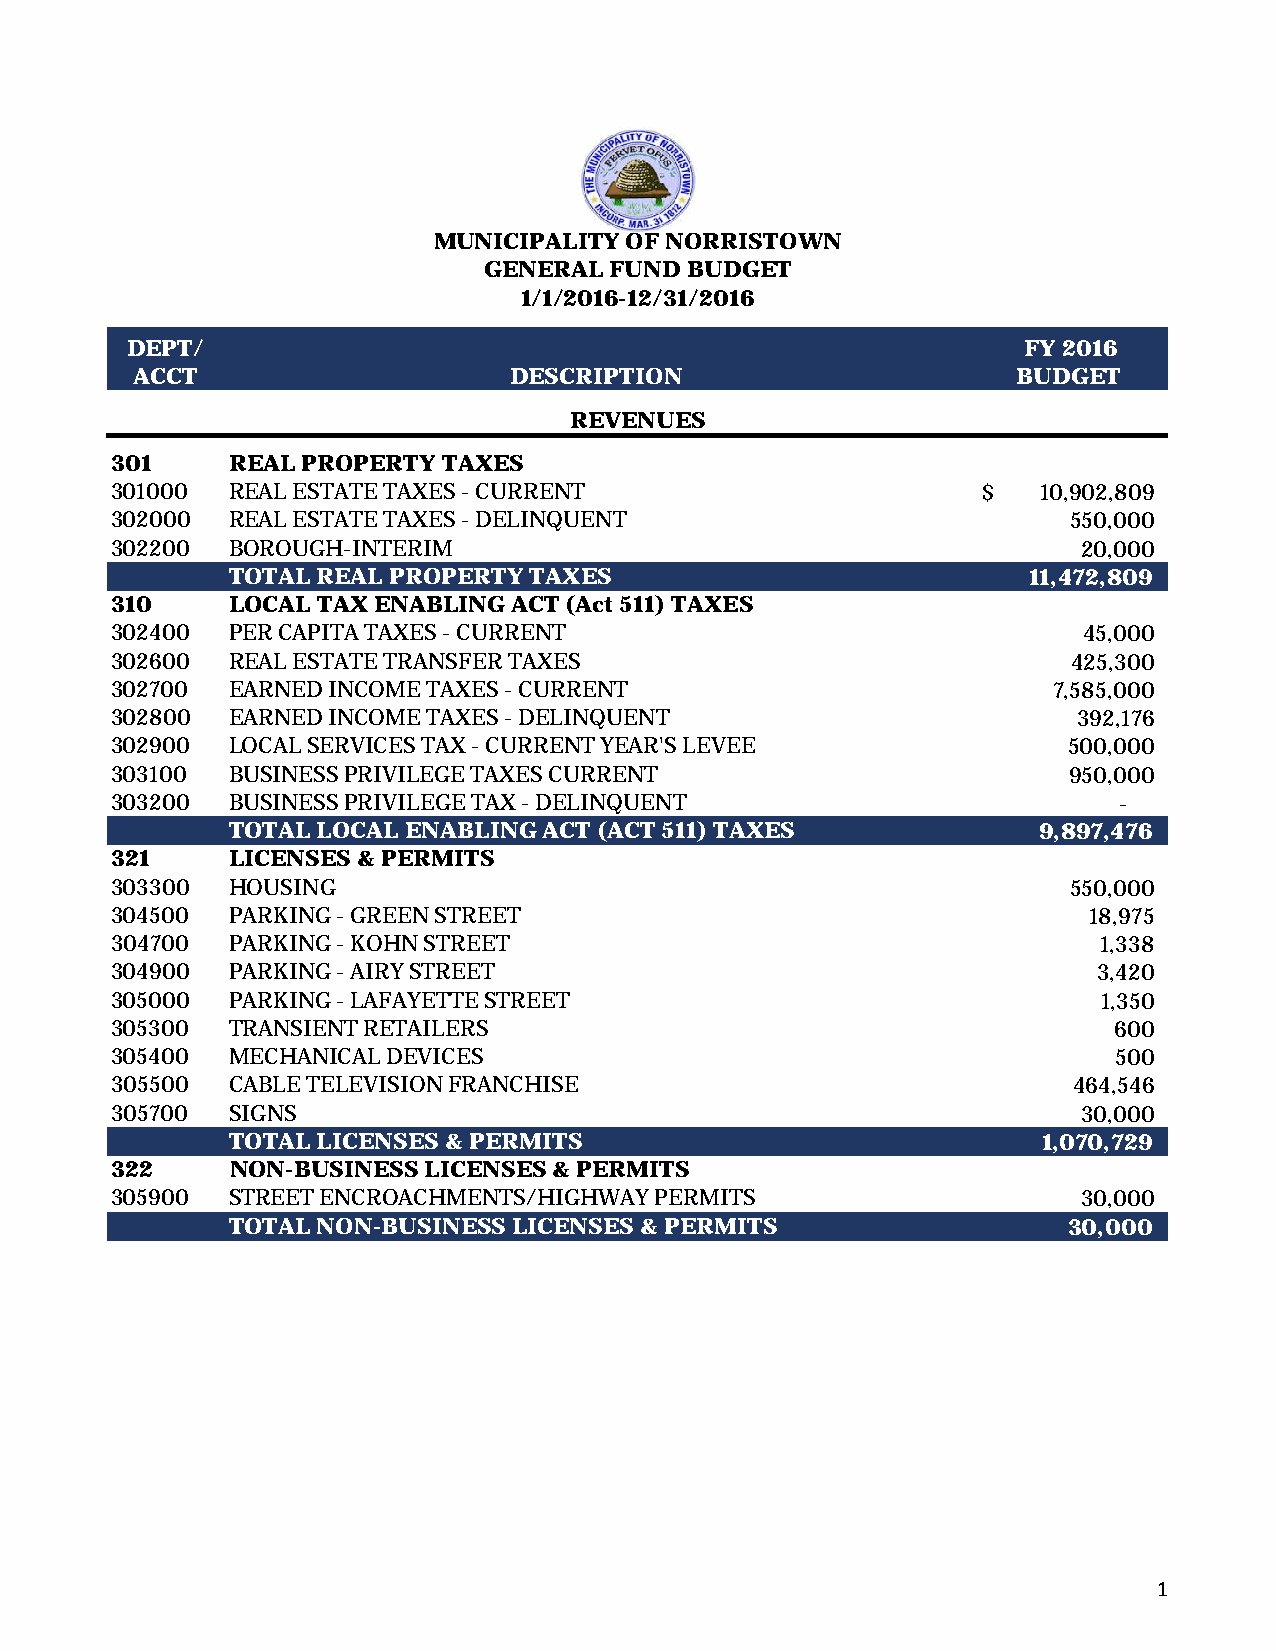
MUNICIPALITY OF NORRISTOWN
 GENERAL FUND BUDGET
 1/1/2016-12/31/2016
 DEPT/                                                      FY 2016
 ACCT                     DESCRIPTION                       BUDGET
 REVENUES
 301     REAL PROPERTY TAXES
 301000  REAL ESTATE TAXES - CURRENT                       $  10,902,809
 302000  REAL ESTATE TAXES - DELINQUENT                         550,000
 302200  BOROUGH-INTERIM                                         20,000
 TOTAL REAL PROPERTY TAXES                            1 1,472,809
 310     LOCAL TAX ENABLING ACT (Act 511) TAXES
 302400  PER CAPITA TAXES - CURRENT                              45,000
 302600  REAL ESTATE TRANSFER TAXES                              425,300
 302700  EARNED INCOME TAXES - CURRENT                         7 ,585,000
 302800  EARNED INCOME TAXES - DELINQUENT                        392,176
 302900  LOCAL SERVICES TAX - CURRENT YEAR'S LEVEE              500,000
 303100  BUSINESS PRIVILEGE TAXES CURRENT                       950,000
 303200  BUSINESS PRIVILEGE TAX - DELINQUENT                        -
 TOTAL LOCAL ENABLING ACT (ACT 511) TAXES             9,897,476
 321     LICENSES & PERMITS
 303300  HOUSING                                                550,000
 304500  PARKING - GREEN STREET                                   18,975
 304700  PARKING - KOHN STREET                                    1,338
 304900  PARKING - AIRY STREET                                    3,420
 305000  PARKING - LAFAYETTE STREET                               1,350
 305300  TRANSIENT RETAILERS                                       600
 305400  MECHANICAL DEVICES                                        500
 305500  CABLE TELEVISION FRANCHISE                              464,546
 305700  SIGNS                                                   30,000
 TOTAL LICENSES & PERMITS                              1,070,729
 322     NON-BUSINESS LICENSES & PERMITS
 305900  STREET ENCROACHMENTS/HIGHWAY PERMITS                    30,000
 TOTAL NON-BUSINESS LICENSES & PERMITS                  30,000
 1